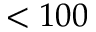
< 1 0 0